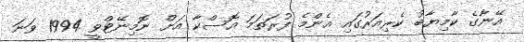
އޭނާގެ ކާމިޔާބު ކެރިއަރުގައި އެންމެ ފުރަތަމަ އޮސްކާ އަށް ނޮމިނޭޓްވީ 1994 ވަނަ